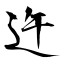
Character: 迕